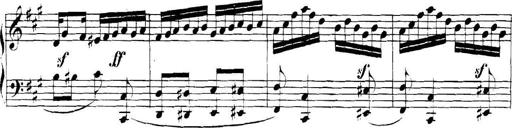
Title: Collected Piano Sonatas
Composer: Muzio Clementi